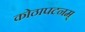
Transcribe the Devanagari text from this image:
कोठापटनम्